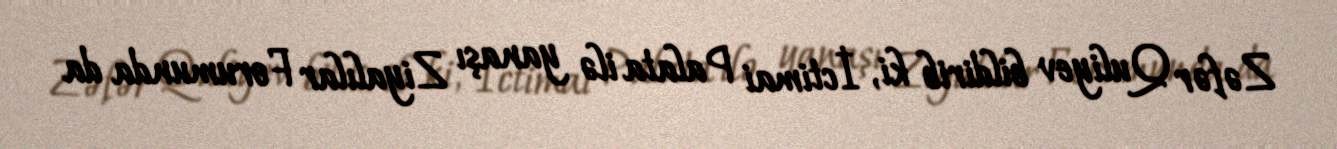
Zəfər Quliyev bildirib ki, İctimai Palata ilə yanaşı Ziyalılar Forumunda da